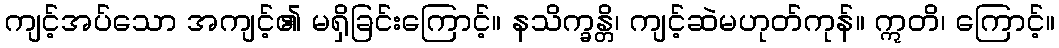
ကျင့်အပ်သော အကျင့်၏ မရှိခြင်းကြောင့်။ နသိက္ခန္တိ၊ ကျင့်ဆဲမဟုတ်ကုန်။ ဣတိ၊ ကြောင့်။